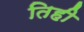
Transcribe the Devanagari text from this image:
तिही